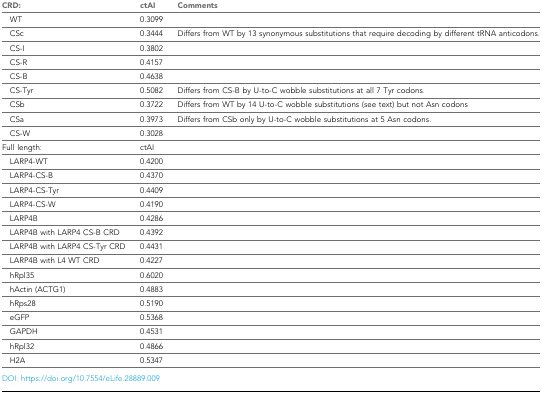
<table><thead><tr><td><b>CRD:</b></td><td><b>ctAI</b></td><td><b>Comments</b></td></tr></thead><tbody><tr><td> WT</td><td>0.3099</td><td></td></tr><tr><td> CSc</td><td>0.3444</td><td>Differs from WT by 13 synonymous substitutions that require decoding by different tRNA anticodons.</td></tr><tr><td> CS-I</td><td>0.3802</td><td></td></tr><tr><td> CS-R</td><td>0.4157</td><td></td></tr><tr><td> CS-B</td><td>0.4638</td><td></td></tr><tr><td> CS-Tyr</td><td>0.5082</td><td>Differs from CS-B by U-to-C wobble substitutions at all 7 Tyr codons.</td></tr><tr><td> CSb</td><td>0.3722</td><td>Differs from WT by 14 U-to-C wobble substitutions (see text) but not Asn codons</td></tr><tr><td> CSa</td><td>0.3973</td><td>Differs from CSb only by U-to-C wobble substitutions at 5 Asn codons.</td></tr><tr><td> CS-W</td><td>0.3028</td><td></td></tr><tr><td>Full length:</td><td>ctAI</td><td></td></tr><tr><td> LARP4-WT</td><td>0.4200</td><td></td></tr><tr><td> LARP4-CS-B</td><td>0.4370</td><td></td></tr><tr><td> LARP4-CS-Tyr</td><td>0.4409</td><td></td></tr><tr><td> LARP4-CS-W</td><td>0.4190</td><td></td></tr><tr><td> LARP4B</td><td>0.4286</td><td></td></tr><tr><td> LARP4B with LARP4 CS-B CRD</td><td>0.4392</td><td></td></tr><tr><td> LARP4B with LARP4 CS-Tyr CRD</td><td>0.4431</td><td></td></tr><tr><td> LARP4B with L4 WT CRD</td><td>0.4227</td><td></td></tr><tr><td> hRpl35</td><td>0.6020</td><td></td></tr><tr><td> hActin (ACTG1)</td><td>0.4883</td><td></td></tr><tr><td> hRps28</td><td>0.5190</td><td></td></tr><tr><td> eGFP</td><td>0.5368</td><td></td></tr><tr><td> GAPDH</td><td>0.4531</td><td></td></tr><tr><td> hRpl32</td><td>0.4866</td><td></td></tr><tr><td> H2A</td><td>0.5347</td><td></td></tr></tbody></table>